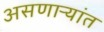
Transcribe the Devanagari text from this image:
असणाऱ्यांत